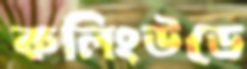
কলিংউডে